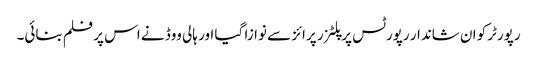
رپورٹرکو ان شاندار رپورٹس پر پلٹزر پرائز سے نوازا گیا اور ہالی ووڈ نے اس پر فلم بنائی۔